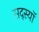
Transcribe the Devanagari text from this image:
सद्स्यॉ